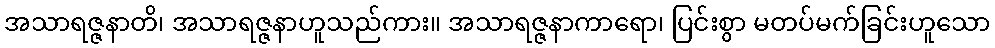
အသာရဇ္ဇနာတိ၊ အသာရဇ္ဇနာဟူသည်ကား။ အသာရဇ္ဇနာကာရော၊ ပြင်းစွာ မတပ်မက်ခြင်းဟူသော